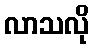
လာသလို